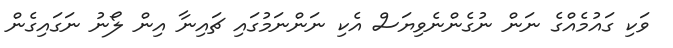
ވަކި ގައުމެއްގެ ނަން ނުގެންނެވިޔަސް އެކި ނަންނަމުގައި ޗައިނާ އިން ލޯނު ނަގައިގެން